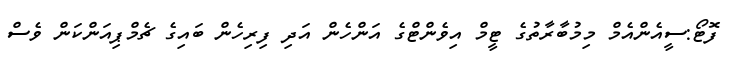
ފޮޓޯ:ސީއެންއެމް މިމުބާރާތުގެ ޓީމް އިވެންޓްގެ އަންހެން އަދި ފިރިހެން ބައިގެ ޗެމްޕިއަންކަން ވެސް